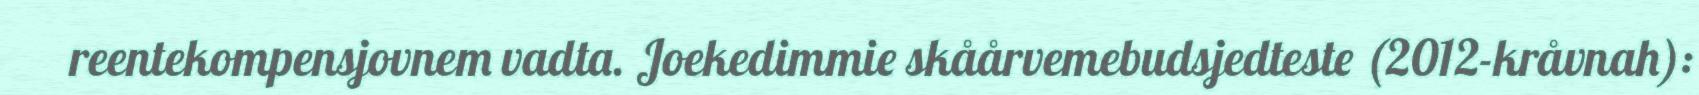
reentekompensjovnem vadta. Joekedimmie skåårvemebudsjedteste (2012-kråvnah):